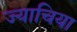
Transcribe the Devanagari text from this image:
ज्याचिया